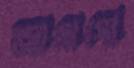
আমাগো